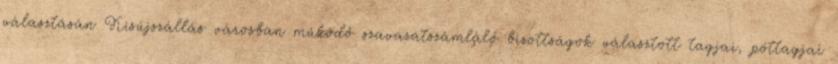
választásán Kisújszállás városban működő szavazatszámláló bizottságok választott tagjai, póttagjai